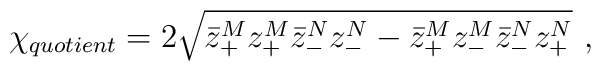
{\chi}_{quotient}=2 \sqrt{\bar{z}_{+}^M z_{+}^M \bar{z}_{-}^N z_{-}^N - \bar{z}_{+}^M z_{-}^M \bar{z}_{-}^N z_{+}^N}\ ,